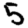
Digit: 5